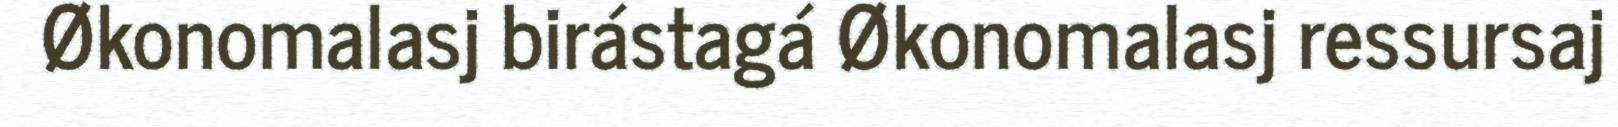
Økonomalasj birástagá Økonomalasj ressursaj